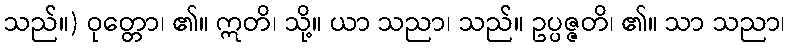
သည်။) ဝုတ္တော၊ ၏။ ဣတိ၊ သို့။ ယာ သညာ၊ သည်။ ဥပ္ပဇ္ဇတိ၊ ၏။ သာ သညာ၊